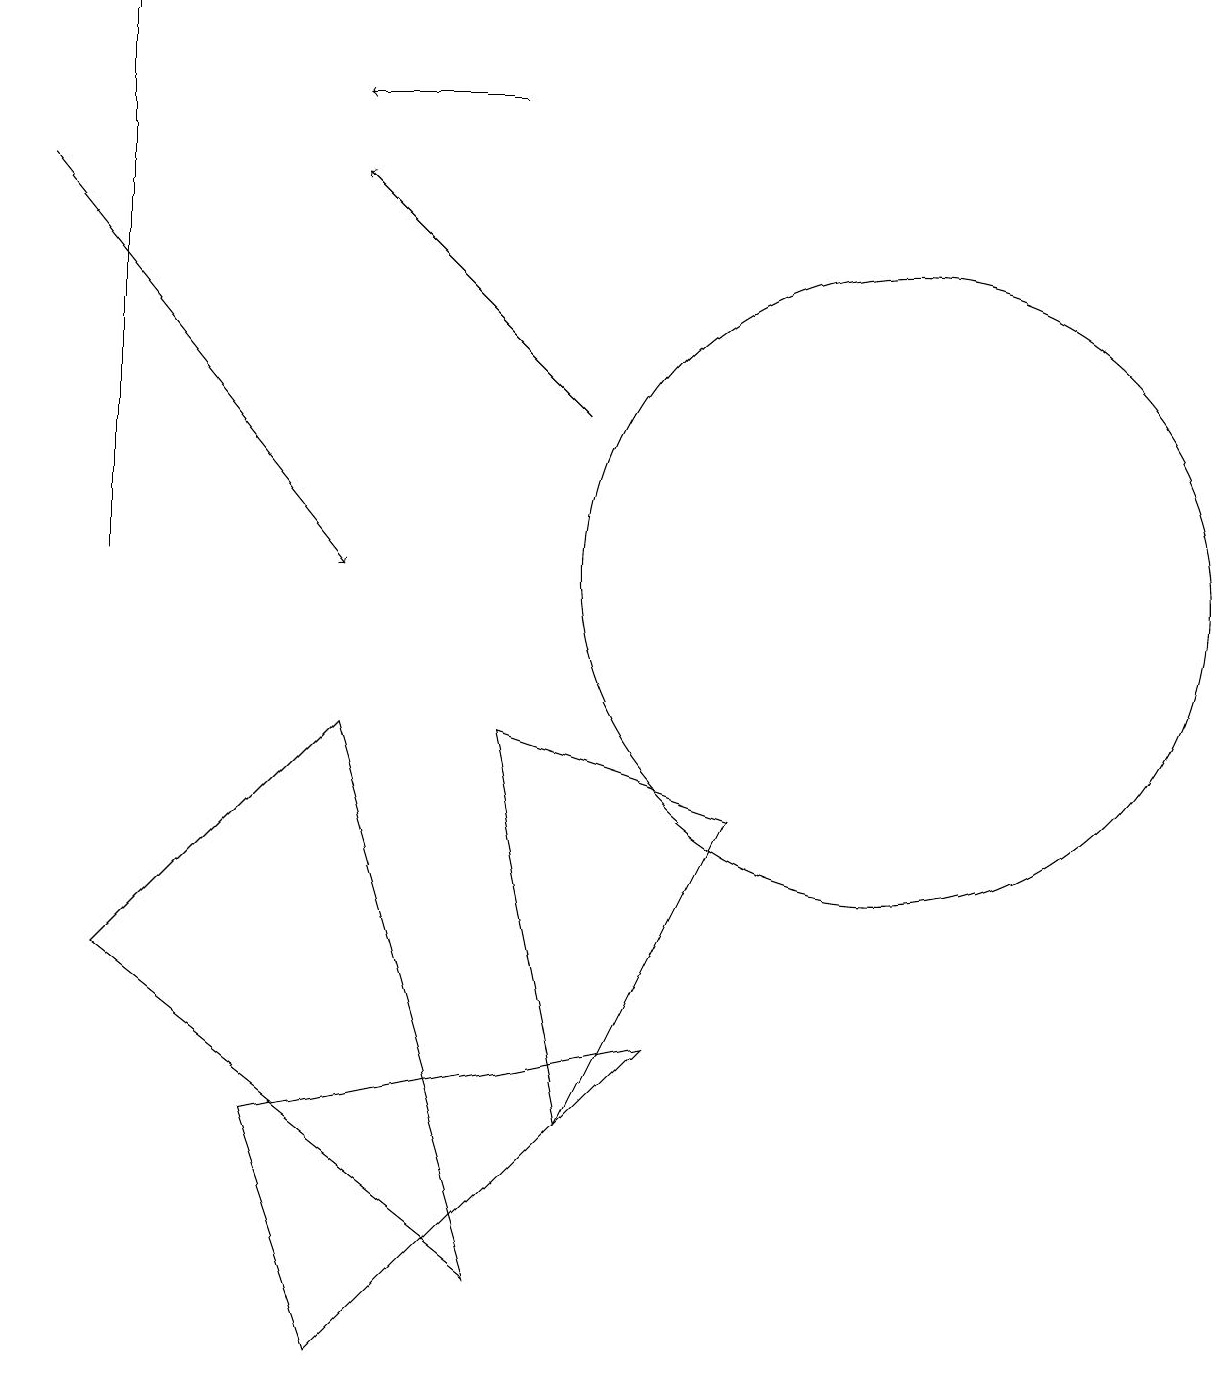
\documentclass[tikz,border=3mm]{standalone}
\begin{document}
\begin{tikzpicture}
\draw[->] (7,12) -- (4,15);
\draw (6,8) -- (9,7) -- (7,3) -- cycle;
\draw (6,1) -- (4,8) -- (1,5) -- cycle;
\draw (8,4) -- (3,3) -- (4,0) -- cycle;
\draw[->] (0,15) -- (4,10);
\draw (11,10) circle (4);
\draw[->] (6,16) -- (4,16);
\draw (1,10) rectangle (1,17);
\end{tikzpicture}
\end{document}